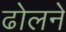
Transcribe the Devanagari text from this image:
ढोलने